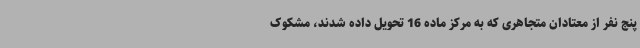
پنج نفر از معتادان متجاهری که به مرکز ماده 16 تحویل داده شدند، مشکوک